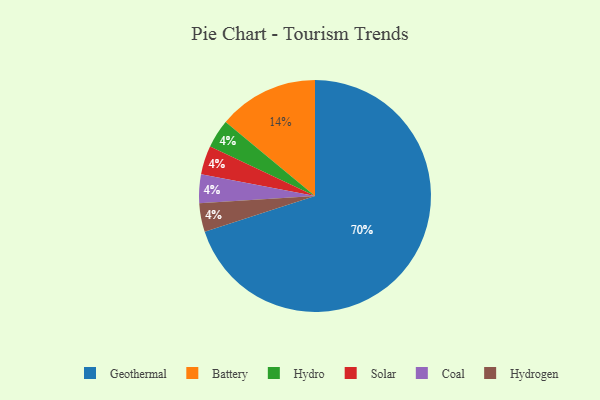
{"axis": {"x": "Category", "y": "Percentage"}, "legend": ["Battery", "Coal", "Geothermal", "Hydro", "Hydrogen", "Solar"], "data": [{"x": "Hydro", "y": 4, "type": "Hydro"}, {"x": "Geothermal", "y": 70, "type": "Geothermal"}, {"x": "Solar", "y": 4, "type": "Solar"}, {"x": "Coal", "y": 4, "type": "Coal"}, {"x": "Hydrogen", "y": 4, "type": "Hydrogen"}, {"x": "Battery", "y": 14, "type": "Battery"}]}